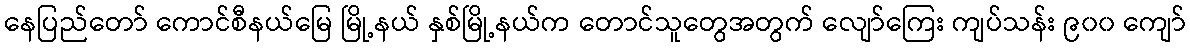
နေပြည်တော် ကောင်စီနယ်မြေ မြို့နယ် နှစ်မြို့နယ်က တောင်သူတွေအတွက် လျော်ကြေး ကျပ်သန်း ၉၀၀ ကျော်